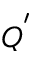
Q ^ { ' }